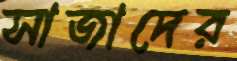
সাজাদের